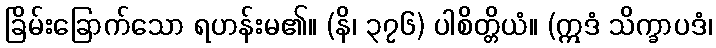
ခြိမ်းခြောက်သော ရဟန်းမ၏။ (နိ၊ ၃၇၆) ပါစိတ္တိယံ။ (ဣဒံ သိက္ခာပဒံ၊